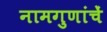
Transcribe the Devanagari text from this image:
नामगुणांचें